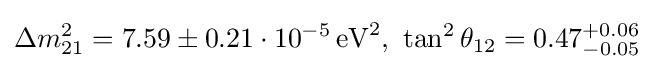
\Delta m_{21}^{2}=7.59\pm 0.21\cdot 10^{-5}\,{\text{eV}}^{2},\,\,\tan ^{2}\theta _{12}=0.47_{-0.05}^{+0.06}